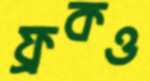
ফ্রকও